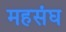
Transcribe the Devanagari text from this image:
महसंघ